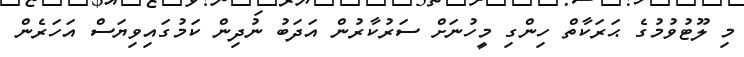
މި ލޫޓުވުމުގެ ޙަރަކާތް ހިންގި މީހުނަށް ސަރުކާރުން އަދަބު ނުދިން ކަމުގައިވިޔަސް އަހަރެން